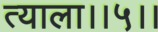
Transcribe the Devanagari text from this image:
त्याला।।५।।